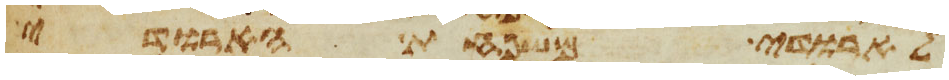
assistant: לארד משפחת הארדי